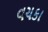
વચકા